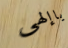
ياإلهي